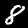
Label: 8